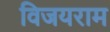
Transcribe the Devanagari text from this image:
विजयराम